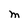
Character: M